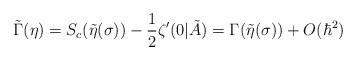
\begin{align*}\tilde\Gamma(\eta)=S_{c}(\tilde\eta(\sigma))-\frac{1}{2}\zeta'(0|\tilde A) =\Gamma(\tilde\eta(\sigma))+O(\hbar^2)\end{align*}